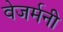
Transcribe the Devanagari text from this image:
वेजर्मनी